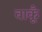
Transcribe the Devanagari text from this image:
वाकूँ